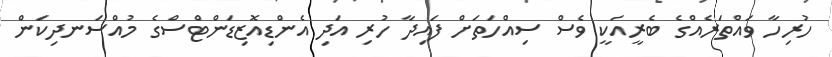
ހުރިހާ ވައްތަރެއްގެ ބެރީއަކީ ވެސް ސިއްހަތަށް ފައިދާ ހުރި އަދި އެންޑިއޮޒިޑަންޓްސްގެ މުއްސަނދިކަން